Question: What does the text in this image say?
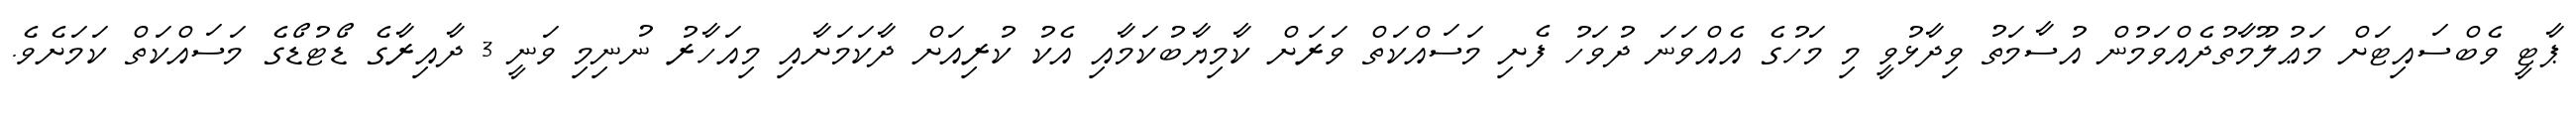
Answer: ޕާޓީ ވެބްސައިޓަށް މަޢުލޫމާތުދެއްވަމުން އުސާމަތު ވިދާޅުވީ މި މަހުގެ އެއްވަނަ ދުވަހު ފެށި މަސައްކަތް ވަރަށް ކާމިޔާބުކަމާއި އެކު ކުރިއަށް ދާކަމަށާއި މިއަހާރު ނުނިމި ވަނީ 3 ދާއިރާގެ ޑޯޓުޑޯގެ މަސައްކަތް ކަމަށެވެ.